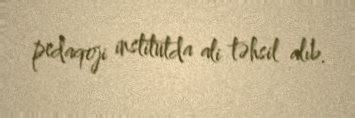
pedaqoji institutda ali təhsil alıb.